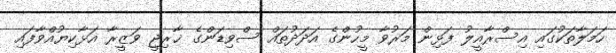
ހަމަލާތަކުގައި އިސްރާއީލު ފަޅިން މަރުވާ މީހުންގެ އަދަދުތައް ސްވިޑަންގެ ޚާރިޖީ ވަޒީރާ އަޅާކިޔުއްވާފައި